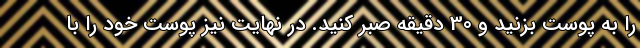
را به پوست بزنید و 30 دقیقه صبر کنید. در نهایت نیز پوست خود را با